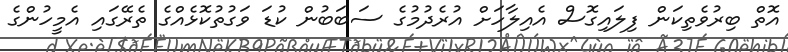
އޮތް ބިރުވެތިކަން ފިލައިގޮސް އެއިލާހަށް އުރެދުމުގެ ސަބަބުން ކުޑަ ވަގުތުކޮޅެއްގެ ތެރޭގައި އެމީހުންގެ